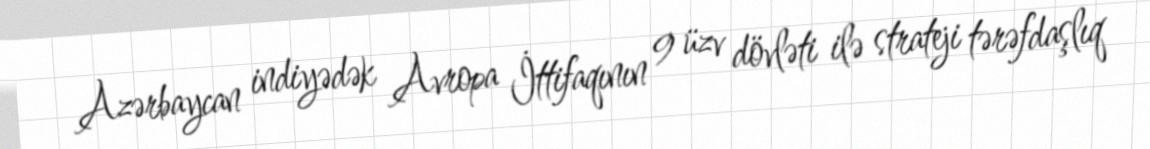
Azərbaycan indiyədək Avropa İttifaqının 9 üzv dövləti ilə strateji tərəfdaşlıq